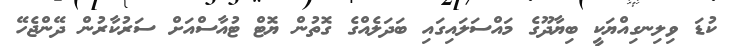
ކުޑަ ވިލިނގިއްޔަކީ ބިޔާދޫގެ މައްސަލައިގައި ބަދަލެއްގެ ގޮތުން ޔޮޓް ޓުއާސްއަށް ސަރުކާރުން ދޭންޖެހޭ